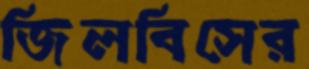
জিলবিসের